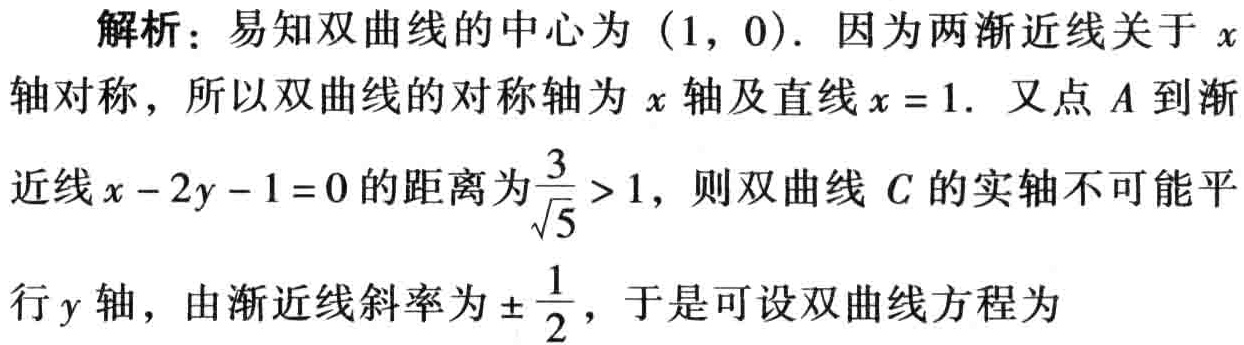
解析：易知双曲线的中心为\((1,0)\). 因为两渐近线关于\(x\)轴对称，所以双曲线的对称轴为\(x\)轴及直线\(x = 1\). 又点\(A\)到渐近线\(x - 2y - 1 = 0\)的距离为\(\frac{3}{\sqrt{5}}>1\)，则双曲线\(C\)的实轴不可能平行\(y\)轴，由渐近线斜率为\(\pm\frac{1}{2}\)，于是可设双曲线方程为